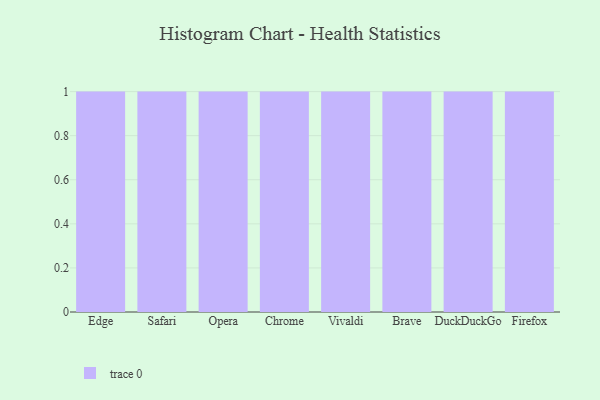
{"axis": {"x": "Browser", "y": "Humidity (%)"}, "legend": [""], "data": [{"x": "Edge", "y": 46, "type": ""}, {"x": "Safari", "y": 20, "type": ""}, {"x": "Opera", "y": 12, "type": ""}, {"x": "Chrome", "y": 80, "type": ""}, {"x": "Vivaldi", "y": 48, "type": ""}, {"x": "Brave", "y": 36, "type": ""}, {"x": "DuckDuckGo", "y": 96, "type": ""}, {"x": "Firefox", "y": 47, "type": ""}]}